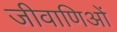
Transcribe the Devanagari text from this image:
जीवाणिओं